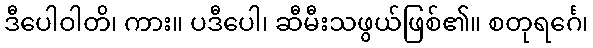
ဒီပေါဝါတိ၊ ကား။ ပဒီပေါ၊ ဆီမီးသဖွယ်ဖြစ်၏။ စတုရင်္ဂေ၊